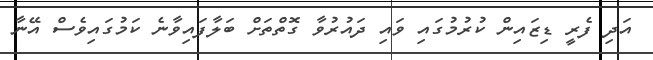
އަދި ފެރީ ޑިޒައިން ކުރުމުގައި ވައި ދައުރުވާ ގޮތްތަށް ބަލާފައިވާނެ ކަމުގައިވެސް އޭނާ